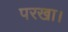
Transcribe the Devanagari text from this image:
परखा।